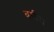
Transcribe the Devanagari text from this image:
बगीरा